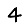
Digit: 4